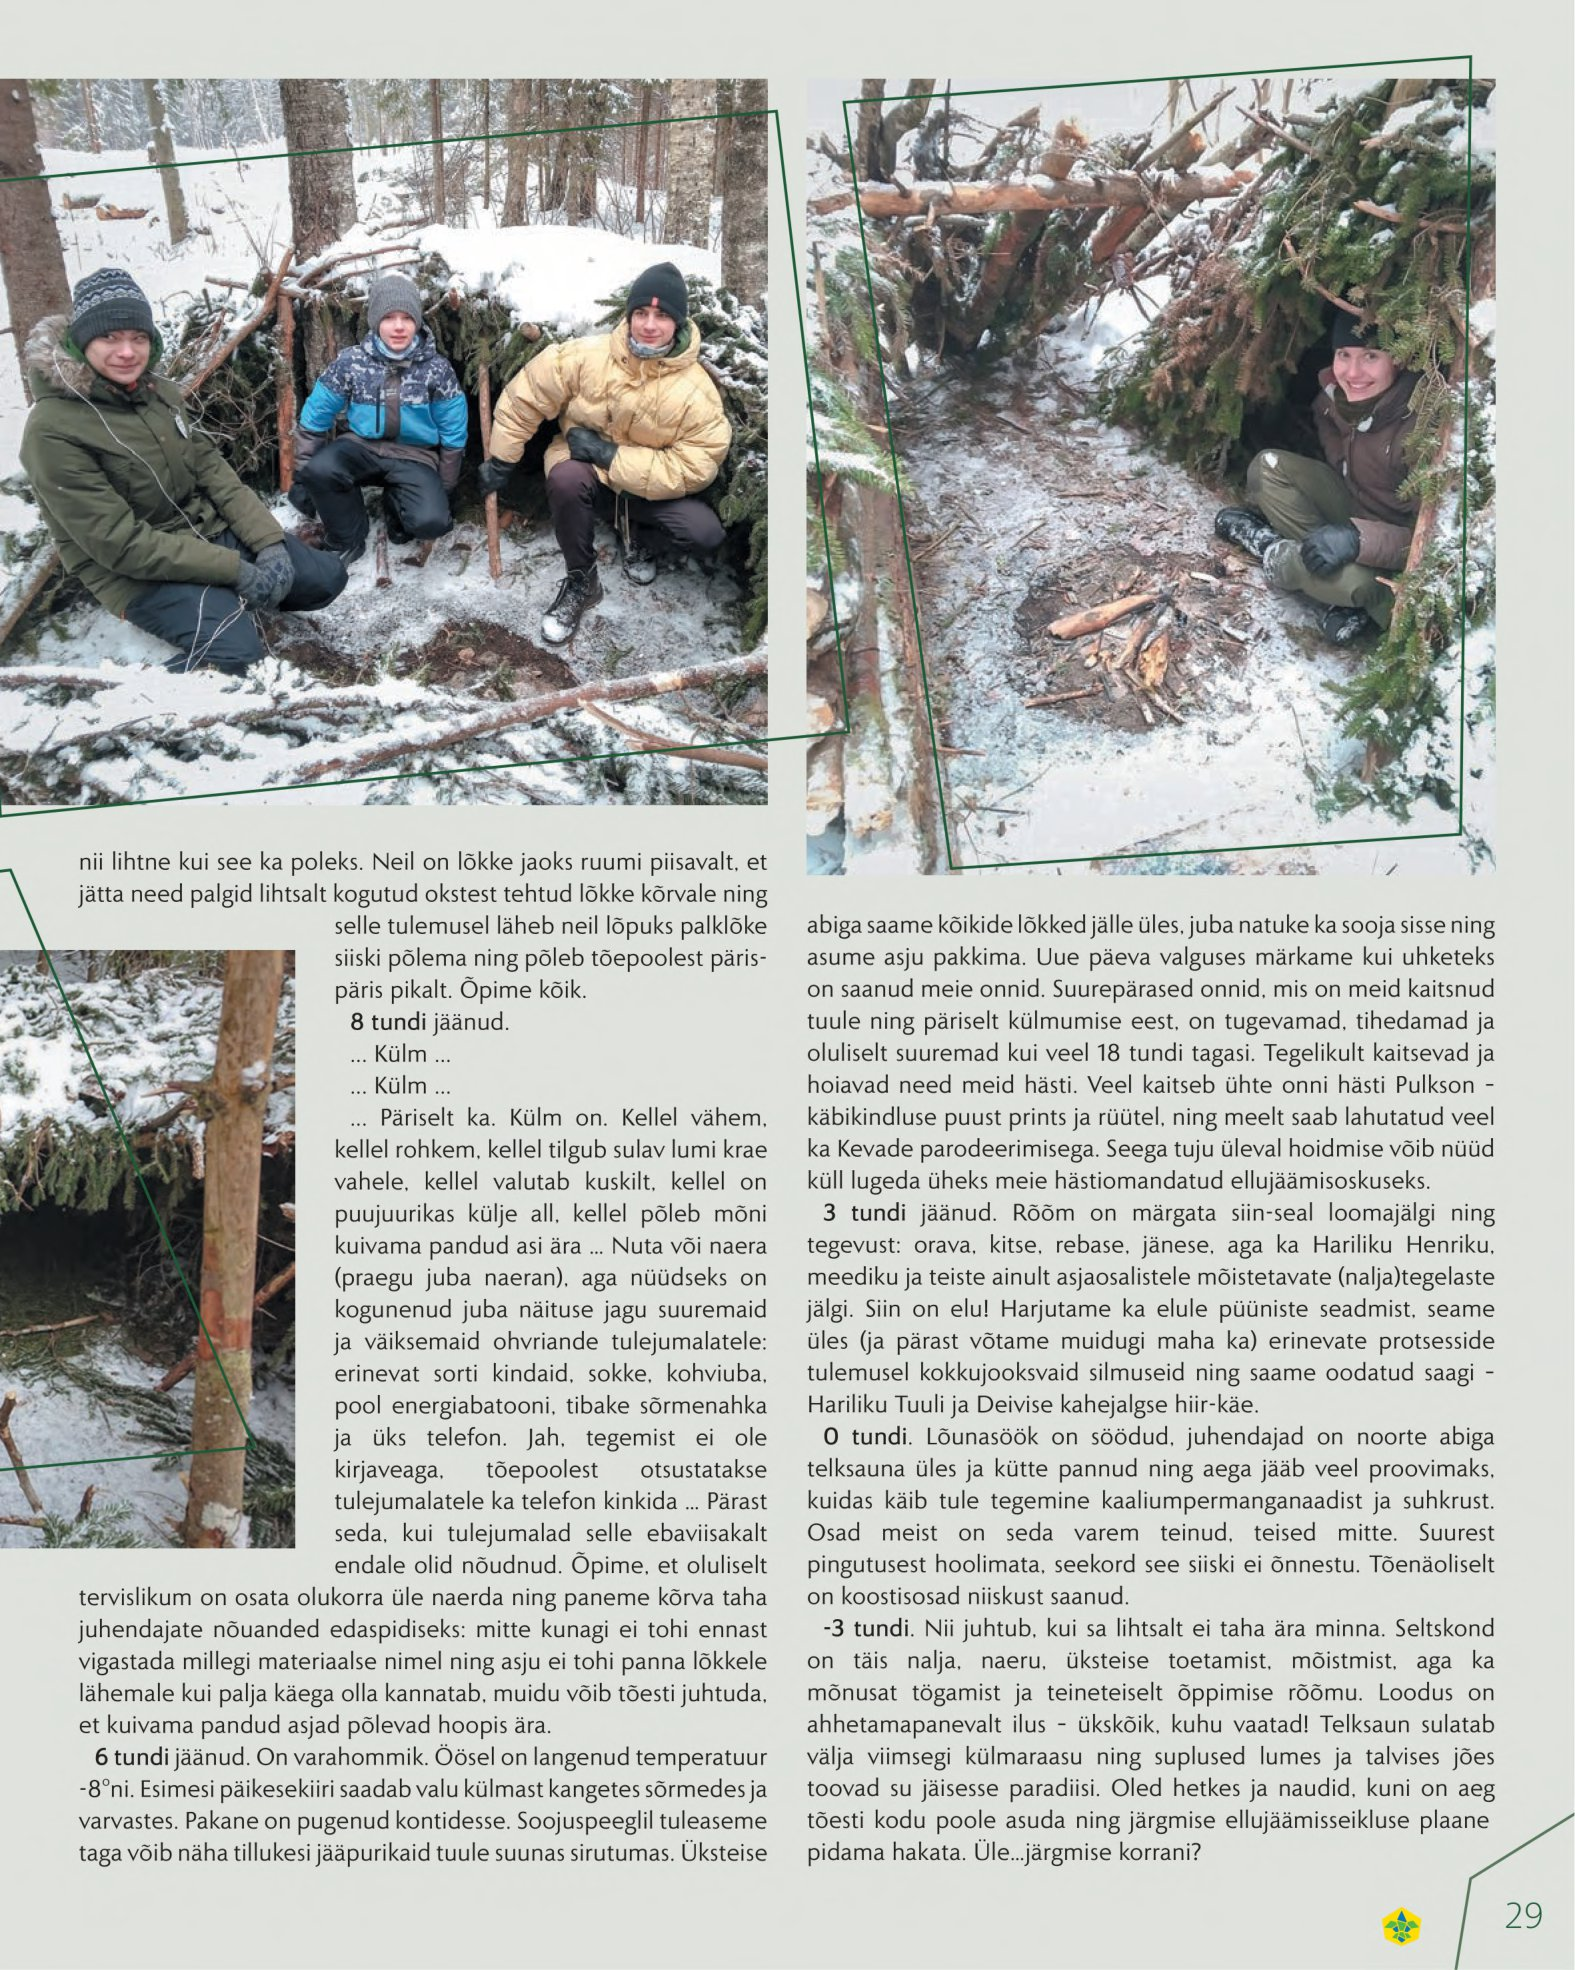
Language: et